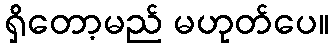
ရှိတော့မည် မဟုတ်ပေ။